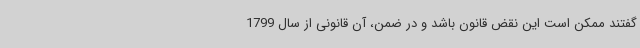
گفتند ممکن است این نقض قانون باشد و در ضمن، آن قانونی از سال 1799